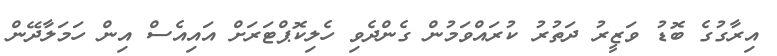
އިރާގުގެ ބޮޑު ވަޒީރު ދަތުރު ކުރައްވަމުން ގެންދެވި ހެލިކޮޕްޓަރަށް އައިއެސް އިން ހަމަލާދޭން